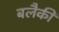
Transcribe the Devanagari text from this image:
बलैकी